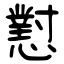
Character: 懟